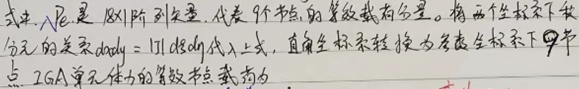
式中，$N_{is}$ 是 181 阶列矢量，代表 9 个节点的等效载荷分量。将两个坐标系下位移分量的关系 $\mathbf{d}_{GD}=\left[\begin{array}{ll}T\end{array}\right]\left\{\mathbf{d}_{LD}\right\}$ 代入上式，直角坐标系转换为局部坐标系下 9 节点 2GA 单元体力的等效节点载荷为